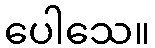
ပေါသေ။